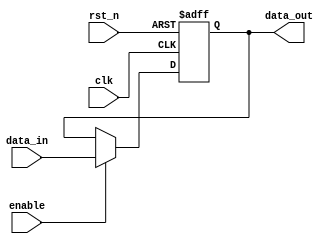
module OutputRegister #(
    parameter WIDTH = 8  // Define the bit width of the register (modifiable)
)(
    input wire clk,            // Clock input
    input wire rst_n,         // Asynchronous reset (active low)
    input wire enable,        // Enable signal for capturing data
    input wire [WIDTH-1:0] data_in, // Data input to the register
    output reg [WIDTH-1:0] data_out // Output of the register
);

// Asynchronous reset
always @(posedge clk or negedge rst_n) begin
    if (!rst_n) begin
        data_out <= {WIDTH{1'b0}}; // Clear register to zero
    end else if (enable) begin
        data_out <= data_in; // Capture data on clock edge if enabled
    end
end

endmodule